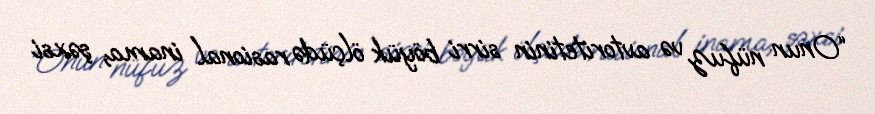
“Onun nüfuz və avtoritetinin sirri böyük ölçüdə rasional inama, şəxsi